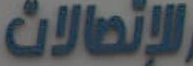
للإتصالات